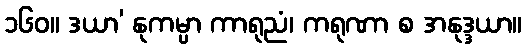
၁၆၀။ ဒယာ’ နုကမ္ပာ ကာရုညံ၊ ကရုဏာ စ အနုဒ္ဒယာ။